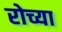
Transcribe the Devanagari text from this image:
रोच्या